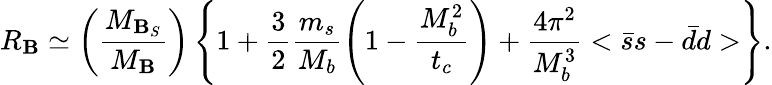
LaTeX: R_{\mathbf{B}}\simeq\left(\frac{{M_{\mathbf{B}_{S}}}}{{M_{\mathbf{B}}}}\right)\left\{ 1+\frac{{3}}{{2}}\frac{{m_{s}}}{{M_{b}}}\left(1-\frac{{M_{b}^{2}}}{{t_{c}}}\right)+\frac{{4\pi^{2}}}{{M_{b}^{3}}}<\bar{{s}}s-\bar{{d}}d>\right\} .